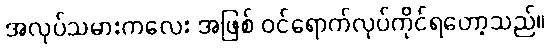
အလုပ်သမားကလေး အဖြစ် ဝင်ရောက်လုပ်ကိုင်ရတော့သည်။